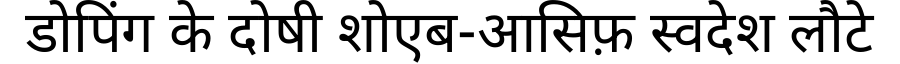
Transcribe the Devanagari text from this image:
डोपिंग के दोषी शोएब-आसिफ़ स्वदेश लौटे